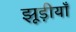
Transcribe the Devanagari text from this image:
झूड़ीयाँ